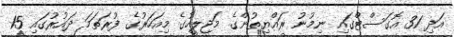
އަދި 31 އޮގަސްޓްގައި ނިމުނު ރައްޔިތުންގެ މަޖިލީހުގެ މިއަހަރުގެ ފުރަތަމަ ދައުރުގައި 15